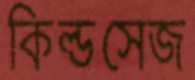
কিল্ডসেজ